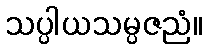
သပ္ပါယသမ္ပဇညံ။